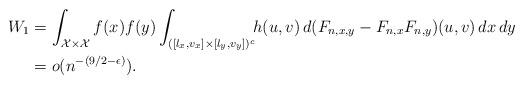
LaTeX: \begin{align*}W_1 &= \int_{\mathcal{X} \times \mathcal{X}} f(x)f(y) \int_{([l_x,v_x]\times [l_y,v_y])^c} \! \! h(u,v) \, d(F_{n,x,y}-F_{n,x}F_{n,y})(u,v) \,dx \, dy \\&= o(n^{-(9/2-\epsilon)}).\end{align*}